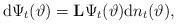
LaTeX: \begin{align*}\mathrm{d}\Psi_t(\vartheta)=\mathbf{L}\Psi_t(\vartheta)\mathrm{d}n_t(\vartheta),\end{align*}